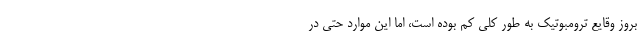
بروز وقایع ترومبوتیک به طور کلی کم بوده است، اما این موارد حتی در